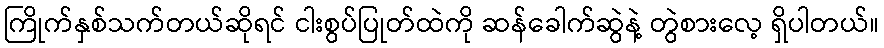
ကြိုက်နှစ်သက်တယ်ဆိုရင် ငါးစွပ်ပြုတ်ထဲကို ဆန်ခေါက်ဆွဲနဲ့ တွဲစားလေ့ ရှိပါတယ်။